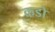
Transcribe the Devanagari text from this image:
कडो